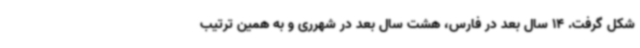
شکل گرفت. 14 سال بعد در فارس، هشت سال بعد در شهرری و به همین ترتیب